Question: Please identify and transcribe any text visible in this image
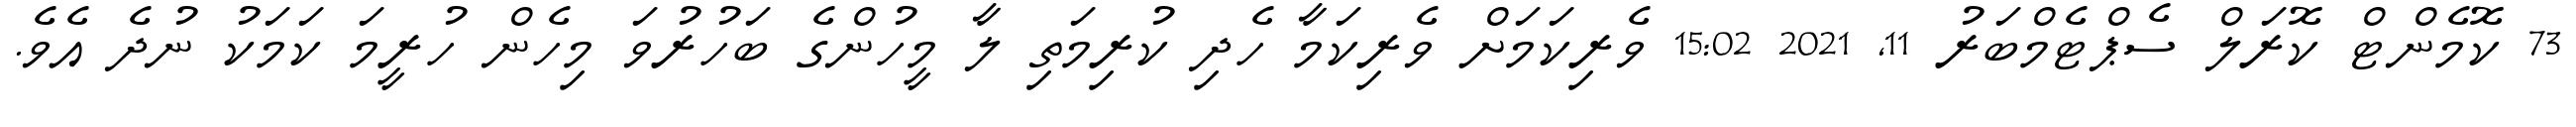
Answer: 73 ކޮމެންޓް ކޮރަލް ސެޕްޓެމްބަރު 11, 2021 15:02 ވެރިކަމަށް ވެރިކަމާ ހެދި ކުރިމަތި ލާ މީހުންގެ ބަހުރުވަ މިހެން ހުރީމަ ކަމަކު ނުދެ އެވެ.